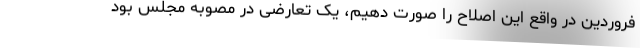
فروردین در واقع این اصلاح را صورت دهیم، یک تعارضی در مصوبه مجلس بود